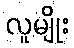
လူမျိုး